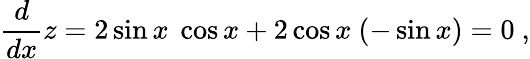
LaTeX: {\frac{d}{dx}}z=2\sin x\ \cos x+2\cos x\ (-\sin x)=0\ ,